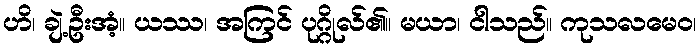
ဟိ၊ ချဲ့ဦးအံ့။ ယဿ၊ အကြင် ပုဂ္ဂိုလ်၏။ မယာ၊ ငါသည်။ ကုသလမေဝ၊